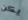
يكن